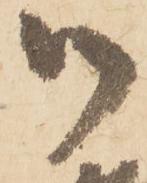
御